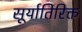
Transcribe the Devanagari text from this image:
सूर्यातिरिक्त